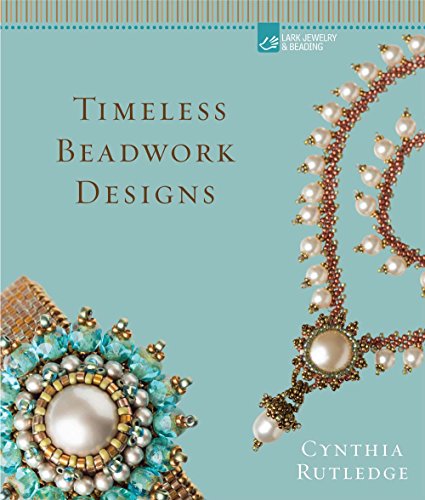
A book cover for Timeless Beadwork Designs; Cynthia Rutledge; Crafts, Hobbies & Home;